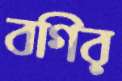
বগির